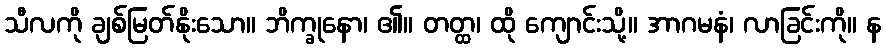
သီလကို ချစ်မြတ်နိုးသော။ ဘိက္ခုနော၊ ၏။ တတ္ထ၊ ထို ကျောင်းသို့။ အာဂမနံ၊ လာခြင်းကို။ န